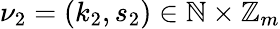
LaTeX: \nu_{2}=(k_{2},s_{2})\in\mathbb{N}\times\mathbb{Z}_{m}